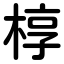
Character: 椁